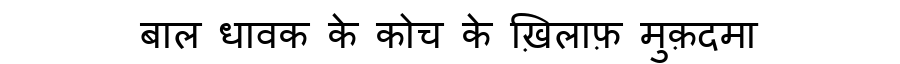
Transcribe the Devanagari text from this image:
बाल धावक के कोच के ख़िलाफ़ मुक़दमा